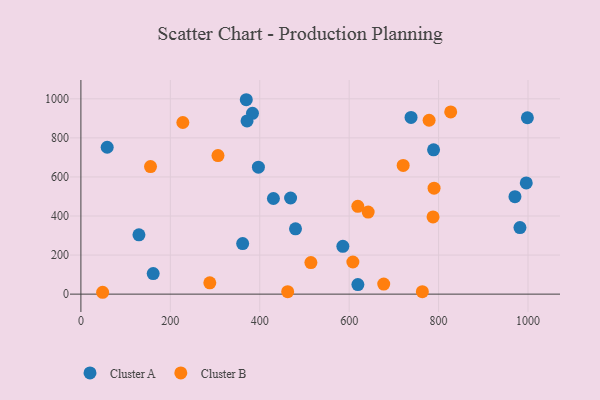
{"axis": {"x": "Investment", "y": "Profit"}, "legend": ["Cluster A", "Cluster B"], "data": [{"x": "383.8", "y": 926.0, "type": "Cluster A"}, {"x": "369.9", "y": 995.4, "type": "Cluster A"}, {"x": "738.4", "y": 904.7, "type": "Cluster A"}, {"x": "480.0", "y": 334.6, "type": "Cluster A"}, {"x": "998.6", "y": 903.2, "type": "Cluster A"}, {"x": "58.8", "y": 752.1, "type": "Cluster A"}, {"x": "397.0", "y": 649.8, "type": "Cluster A"}, {"x": "430.6", "y": 489.6, "type": "Cluster A"}, {"x": "788.8", "y": 738.7, "type": "Cluster A"}, {"x": "970.8", "y": 498.8, "type": "Cluster A"}, {"x": "469.0", "y": 492.2, "type": "Cluster A"}, {"x": "619.5", "y": 48.9, "type": "Cluster A"}, {"x": "585.9", "y": 244.9, "type": "Cluster A"}, {"x": "361.8", "y": 259.0, "type": "Cluster A"}, {"x": "371.6", "y": 887.1, "type": "Cluster A"}, {"x": "996.1", "y": 569.6, "type": "Cluster A"}, {"x": "129.8", "y": 303.8, "type": "Cluster A"}, {"x": "982.0", "y": 340.6, "type": "Cluster A"}, {"x": "161.7", "y": 105.3, "type": "Cluster A"}, {"x": "462.5", "y": 12.8, "type": "Cluster B"}, {"x": "827.1", "y": 932.8, "type": "Cluster B"}, {"x": "789.9", "y": 542.6, "type": "Cluster B"}, {"x": "763.7", "y": 12.4, "type": "Cluster B"}, {"x": "608.3", "y": 164.6, "type": "Cluster B"}, {"x": "155.7", "y": 653.3, "type": "Cluster B"}, {"x": "720.8", "y": 659.0, "type": "Cluster B"}, {"x": "677.3", "y": 51.5, "type": "Cluster B"}, {"x": "306.6", "y": 709.6, "type": "Cluster B"}, {"x": "787.6", "y": 395.2, "type": "Cluster B"}, {"x": "288.3", "y": 57.9, "type": "Cluster B"}, {"x": "642.5", "y": 419.9, "type": "Cluster B"}, {"x": "778.8", "y": 890.2, "type": "Cluster B"}, {"x": "619.4", "y": 449.6, "type": "Cluster B"}, {"x": "514.4", "y": 161.7, "type": "Cluster B"}, {"x": "48.6", "y": 9.5, "type": "Cluster B"}, {"x": "228.0", "y": 878.9, "type": "Cluster B"}]}